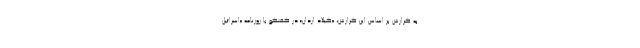
به گزارش بر اساس این گزارش، «گیلاد اردان» در گفتگو با روزنامه «اسرائیل